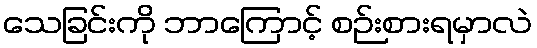
သေခြင်းကို ဘာကြောင့် စဉ်းစားရမှာလဲ